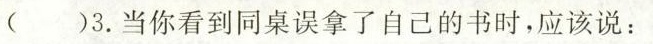
( )3.当你看到同桌误拿了自己的书时,应该说: